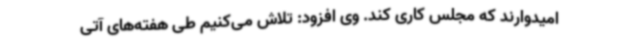
امیدوارند که مجلس کاری کند. وی افزود: تلاش می‌کنیم طی هفته‌های آتی